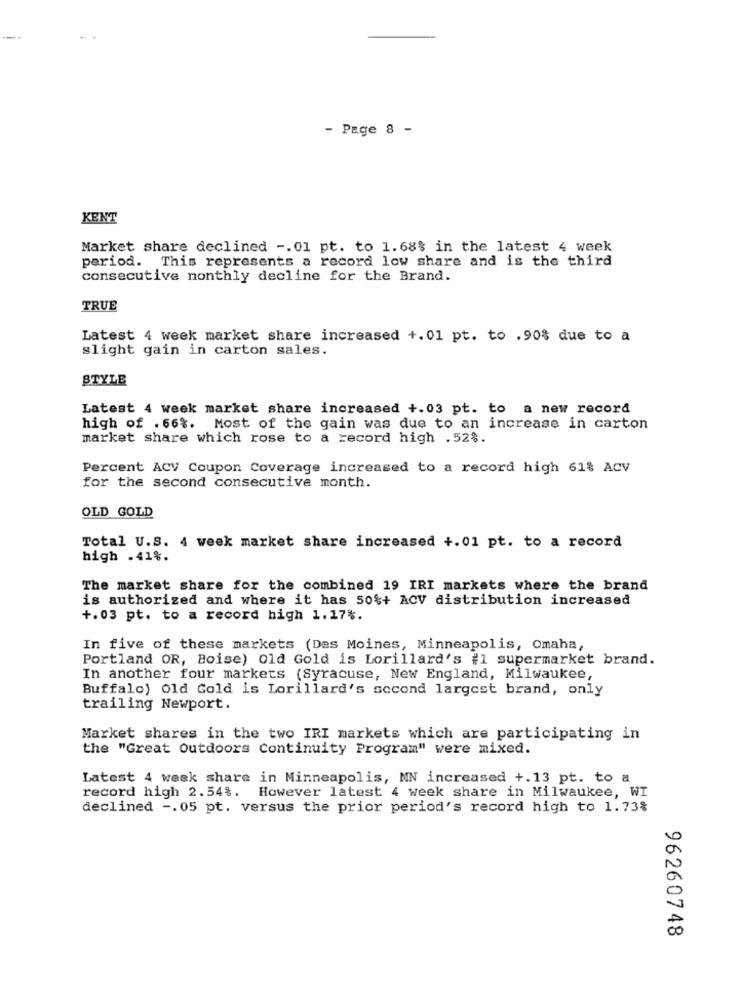
- Page 8 -
KENT
Market share declined -. 01 pt. to 1.68% in the latest 4 week
period. This represents a record low share and is the third
consecutive monthly decline for the Brand.
TRUE
Latest 4 week market share increased +.01 pt. to .90% due to a
slight gain in carton sales.
STYLE
Latest 4 week market share increased +.03 pt. to a new record
high of .66%. Most of the gain was due to an increase in carton
market share which rose to a record high .52%.
Percent ACV Coupon Coverage increased to a record high 61% ACV
for the second consecutive month.
OLD GOLD
Total U.S. 4 week market share increased +.01 pt. to a record
high . 41%.
The market share for the combined 19 IRI markets where the brand
is authorized and where it has 50%+ ACV distribution increased
+.03 pt. to a record high 1.17%.
In five of these markets (Des Moines, Minneapolis, Omaha,
Portland OR, Boise) Old Gold is Lorillard's #1 supermarket brand.
In another four markets (Syracuse, New England, Milwaukee,
Buffalo) Old Gold is Lorillard's second largest brand, only
trailing Newport.
Market shares in the two IRI markets which are participating in
the "Great outdoors Continuity Program" were mixed.
Latest 4 week share in Minneapolis, MN increased +.13 pt. to a
record high 2.54%.
However latest 4 week share in Milwaukee, WI
declined -. 05 pt. versus the prior period's record high to 1.73%
96260748